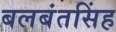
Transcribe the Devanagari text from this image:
बलबंतसिंह